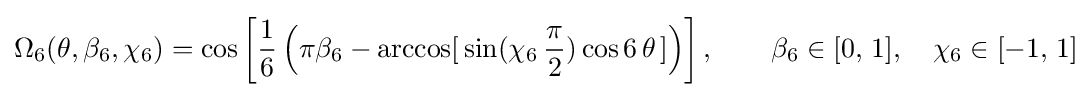
\Omega _{6}(\theta ,\beta _{6},\chi _{6})=\cos \left[\displaystyle {\frac {1}{6}}\left(\pi \beta _{6}-\arccos[\,\sin(\chi _{6}\,{\frac {\pi }{2}})\,\!\cos 6\,\theta \,]\right)\right],\qquad \beta _{6}\in [0,\,1],\quad \chi _{6}\in [-1,\,1]